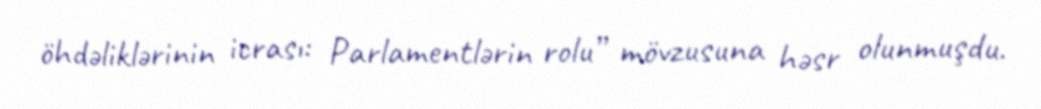
öhdəliklərinin icrası: Parlamentlərin rolu” mövzusuna həsr olunmuşdu.